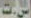
ست